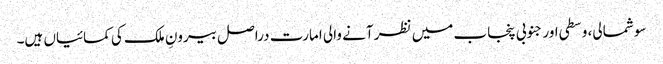
سو شمالی، وسطی اور جنوبی پنجاب میں نظر آنے والی امارت دراصل بیرونِ ملک کی کمائیاں ہیں۔